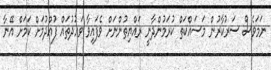
ނަމަވެސް ސަރުކާރުން މަސައްކަތް ކުރަމުންދާނީ ރައްޔިތުންނަށް ވެފައިވާ ވަޢުދުތައް ފުއްދުމަށް ކަމަށް އޭނާ